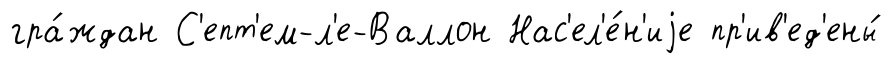
гра́ждан С'епт'ем-л'е-Валлон Нас'ел'е́н'иjе пр'ив'ед'ены́